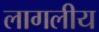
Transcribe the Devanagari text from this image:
लागलीय